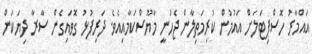
އައްމާރު ހޮސްޕިޓަލަށް އައުމުން ކުރިމަތިލާން ޖެހުނީ މާޔޫސްކަމާއިއެވެ. ދަރިފުޅު ގޮވައިގެން ސާރާ ދިޔަކަން